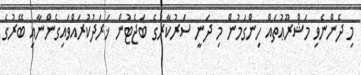
މި ދެންނެވި މަޝްރޫޢުތައް ހިންގަމުން މި ދަނީ ސަރުކާރުގެ ބަޖެޓުން ޚަރަދުކުރައްވައިގެންނާއި ބޭރުގެ